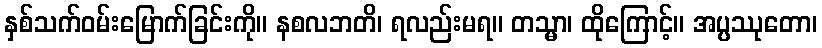
နှစ်သက်ဝမ်းမြောက်ခြင်းကို။ နစလဘတိ၊ ရလည်းမရ။ တသ္မာ၊ ထိုကြောင့်။ အပ္ပဿုတော၊